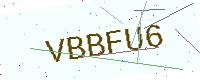
Text: VBBFU6